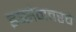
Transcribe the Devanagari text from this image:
इब्सेनवरचे